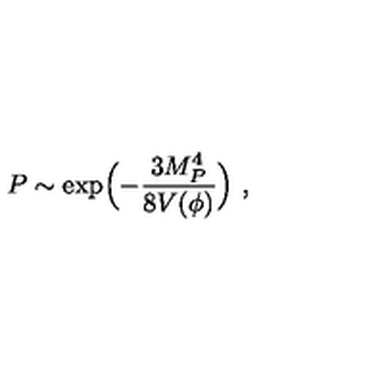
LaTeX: P \sim \exp \Bigl ( - { \frac { 3 M _ { P } ^ { 4 } } { 8 V ( \phi ) } } \Bigr ) \ ,